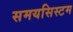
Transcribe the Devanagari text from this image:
समयसिस्टम